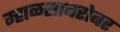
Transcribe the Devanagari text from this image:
म्हाळसाबरोबर